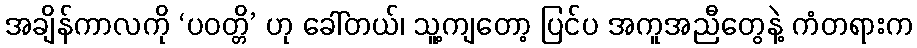
အချိန်ကာလကို ‘ပဝတ္တိ’ ဟု ခေါ်တယ်၊ သူ့ကျတော့ ပြင်ပ အကူအညီတွေနဲ့ ကံတရားက